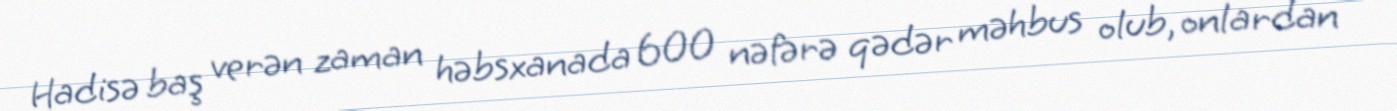
Hadisə baş verən zaman həbsxanada 600 nəfərə qədər məhbus olub, onlardan